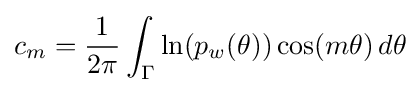
c_{m}={\frac {1}{2\pi }}\int _{\Gamma }\ln(p_{w}(\theta ))\cos(m\theta )\,d\theta